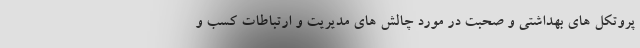
پروتکل های بهداشتی و صحبت در مورد چالش های مدیریت و ارتباطات کسب و